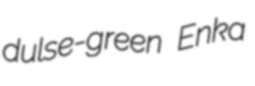
dulse-green Enka